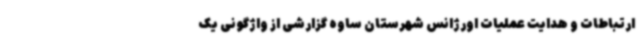
ارتباطات و هدایت عملیات اورژانس شهرستان ساوه گزارشی از واژگونی یک